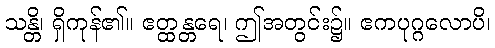
သန္တိ၊ ရှိကုန်၏။ ဧတ္ထန္တရေ၊ ဤအတွင်း၌။ ဧကပုဂ္ဂလောပိ၊